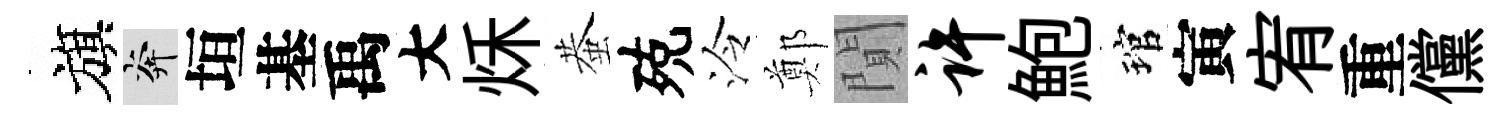
旗奔垣基禹大秌蛬殑泠鄭閴许鮑琯寅宥重儻